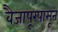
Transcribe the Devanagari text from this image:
वैजापूरपासून